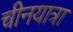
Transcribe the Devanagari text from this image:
चीनयात्रा